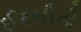
ઈટલીનો